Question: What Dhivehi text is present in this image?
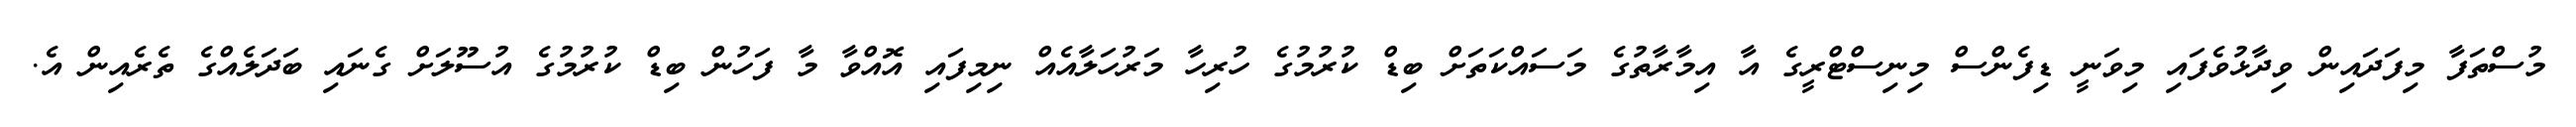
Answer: މުސްތަފާ މިފަދައިން ވިދާޅުވެފައި މިވަނީ ޑިފެންސް މިނިސްޓްރީގެ އާ އިމާރާތުގެ މަސައްކަތަށް ބިޑް ކުރުމުގެ ހުރިހާ މަރުހަލާއެއް ނިމިފައި އޮއްވާ މާ ފަހުން ބިޑް ކުރުމުގެ އުސޫލަށް ގެނައި ބަދަލެއްގެ ތެރެއިން އެ.